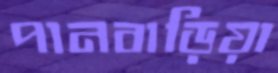
পানবাড়িয়া